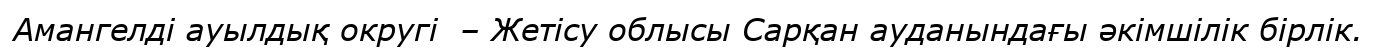
Амангелді ауылдық округі  – Жетісу облысы Сарқан ауданындағы әкімшілік бірлік.